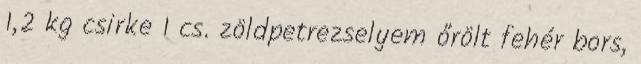
1,2 kg csirke 1 cs. zöldpetrezselyem őrölt fehér bors,